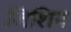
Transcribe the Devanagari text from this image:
जिशिन